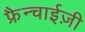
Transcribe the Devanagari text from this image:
फ्रैन्चाईज़ी